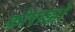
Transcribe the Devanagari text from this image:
कोराझो